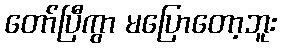
တော်ပြီကွာ မပြောတော့ဘူး